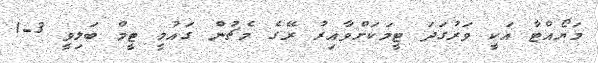
މަޔޯއްޓާ އަކީ ވަރުގަދަ ޓީމަކަށްވާއިރު ރޭގެ މެޗުން ގައުމީ ޓީމް ބަލިވީ 3-1